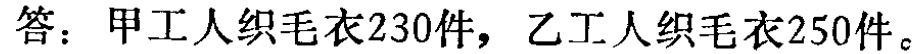
答：甲工人织毛衣230件，乙工人织毛衣250件。